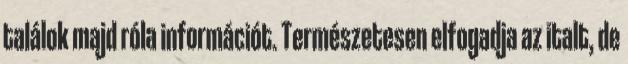
találok majd róla információt. Természetesen elfogadja az italt, de